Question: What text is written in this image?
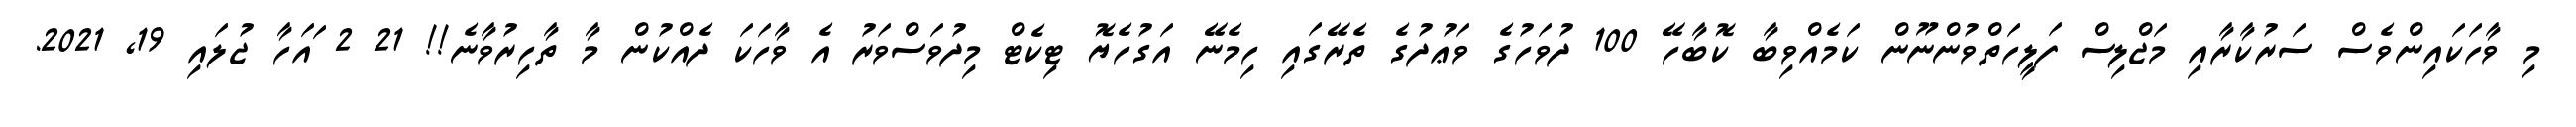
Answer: މި ވާހަކައިންވެސް ސަރުކާރާއި މަޖްލިސް ފަލީހަތްވުންނޫން ކަމެއްވިބާ ކޮބާހޭ 100 ދުވަހުގެ ވަޢުދުގެ ތެރޭގައި ހިމެނޭ އަގުހެޔޮ ޓިކެޓް މިދުވަސްވަރު އެ ވާހަކަ ދެއްކުން މާ ތާހިރުވާނެ!! 21 2 ައަހާ ޖުލައި 19, 2021.